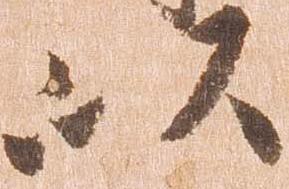
以